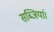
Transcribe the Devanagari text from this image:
सब्जियां।